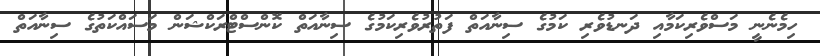
ހިމެނެނީ މަސްވެރިކަމާއި ދަނޑުވެރި ކަމުގެ ސިނާއަތް ފަތުރުވެރިކަމުގެ ސިނާއަތް ކޮންސްޓްރަކްޝަން މަސައްކަތުގެ ސިނާއަތް